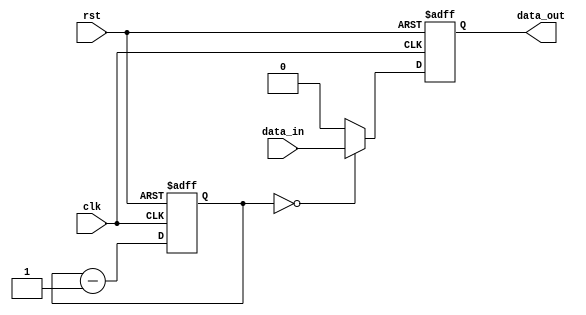
module RC_Delay (
    input wire clk,
    input wire rst,
    input wire data_in,
    output reg data_out
);

// Parameters for resistance and capacitance values
parameter R = 10; // Resistance value
parameter C = 5; // Capacitance value

reg [7:0] delay = 8'hFF; // Delay value

// RC Delay block
always @(posedge clk or posedge rst) begin
    if (rst == 1'b1) begin
        delay <= 0;
    end else begin
        delay <= delay - 1;
    end
end

// Synchronize delayed signal with clock
always @(posedge clk or posedge rst) begin
    if (rst == 1'b1) begin
        data_out <= 0;
    end else begin
        if (delay == 0) begin
            data_out <= data_in;
        end else begin
            data_out <= 1'b0;
        end
    end
end

endmodule